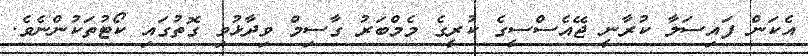
އެކަން ފައިސަލާ ކުރާނީ ޖޭއެސްސީގެ ކުރީގެ މެމްބަރު ގާސިމް ވިދާޅުވި ގޮތުގައި ކޯޓުތަކުންނެވެ.